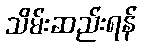
သိမ်းဆည်းရန်